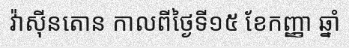
វ៉ាស៊ីនតោន កាលពីថ្ងៃទី១៥ ខែកញ្ញា ឆ្នាំ